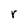
Character: r